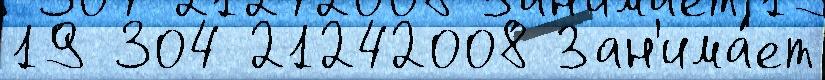
19 304 21242008 Зан'има́ет